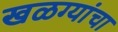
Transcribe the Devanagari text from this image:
खळग्यांचा